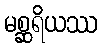
မစ္ဆရိယဿ